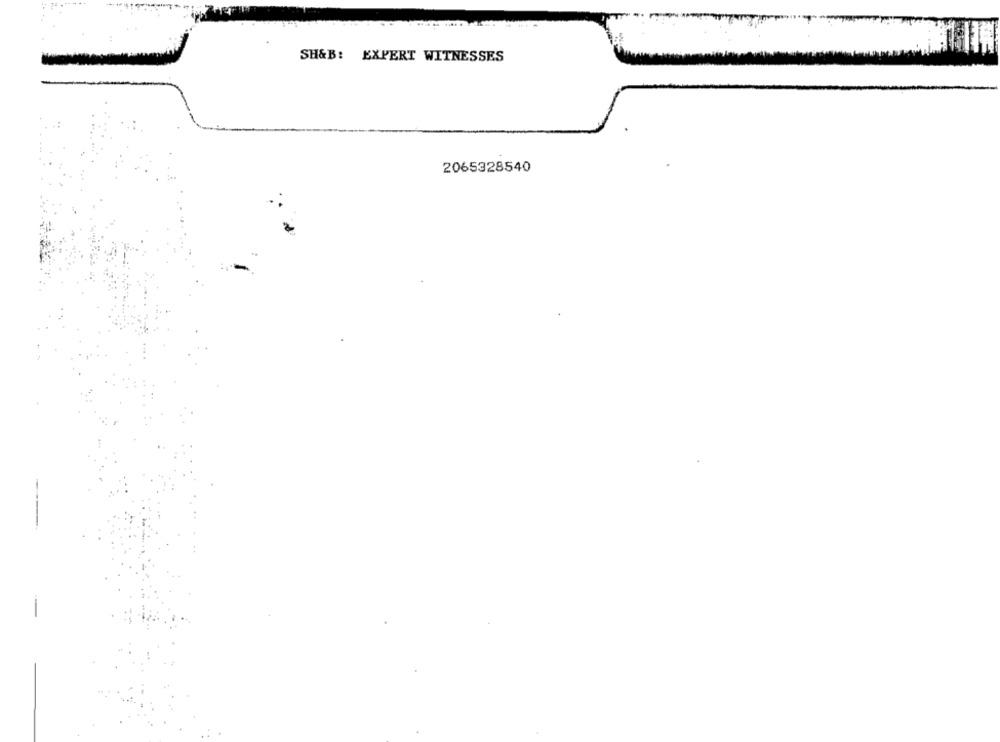
SH&B: EXPERT WITNESSES
2065328540